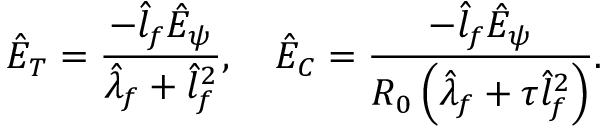
\hat { E } _ { T } = \frac { - \hat { l } _ { f } \hat { E } _ { \psi } } { \hat { \lambda } _ { f } + \hat { l } _ { f } ^ { 2 } } , \quad \hat { E } _ { C } = \frac { - \hat { l } _ { f } \hat { E } _ { \psi } } { R _ { 0 } \left( \hat { \lambda } _ { f } + \tau \hat { l } _ { f } ^ { 2 } \right) } .